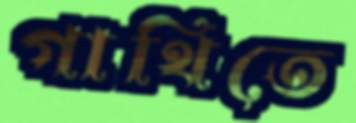
গাথিতে